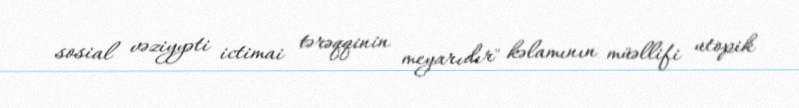
sosial vəziyyəti ictimai tərəqqinin meyarıdır" kəlamının müəllifi utopik